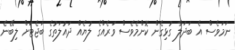
ނަމަވެސް އެ ބަދަލާ ގުޅިގެން ކޮންމެވެސް ވަރެއްގެ ލުޔެއް ދައުލަތުގެ ބަޖެޓަށް ލިބޭނެ